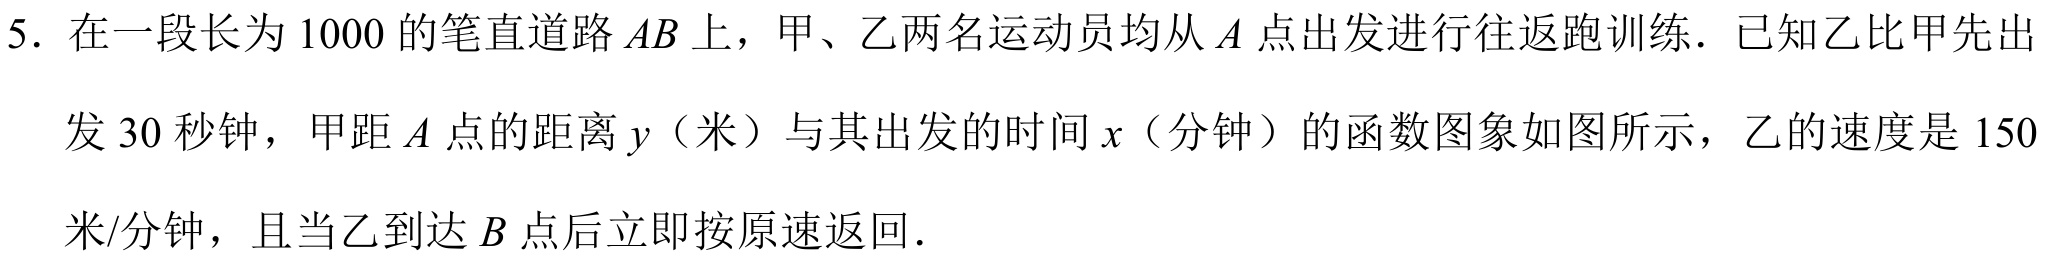
5. 在一段长为 \(1000\) 的笔直道路 \(AB\) 上，甲、乙两名运动员均从 \(A\) 点出发进行往返跑训练. 已知乙比甲先出发 \(30\) 秒钟，甲距 \(A\) 点的距离 \(y\)（米）与其出发的时间 \(x\)（分钟）的函数图象如图所示，乙的速度是 \(150\) 米/分钟，且当乙到达 \(B\) 点后立即按原速返回.